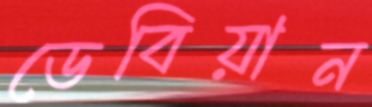
ডেবিয়ান